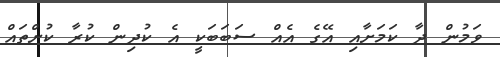
ވަމުން ދާ ކަމަށާއި އޭގެ އެއް ސަބަބަކީ އެ ކުދިން ކުރާ ކުށްތައް